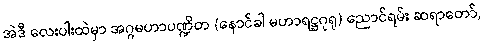
အဲဒီ လေးပါးထဲမှာ အဂ္ဂမဟာပဏ္ဍိတ (နောင်ခါ မဟာရဋ္ဌဂုရု) ညောင်ရမ်း ဆရာတော်,